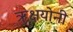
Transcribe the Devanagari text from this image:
ऋक्षयोनी